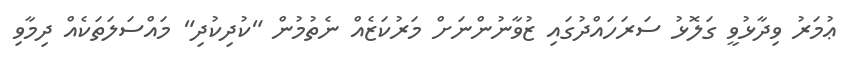
ޢުމަރު ވިދާޅުވީ ގަލޮޅު ސަރަހައްދުގައި ޒުވާނުންނަށް މަރުކަޒެއް ނެތުމުން "ކުދިކުދި" މައްސަލަތަކެއް ދިމާވި